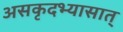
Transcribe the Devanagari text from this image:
असकृदभ्यासात्‌